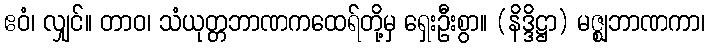
ဧဝံ၊ လျှင်။ တာဝ၊ သံယုတ္တဘာဏကထေရ်တို့မှ ရှေးဦးစွာ။ (နိဒ္ဒိဋ္ဌာ) မဇ္ဈဘာဏကာ၊